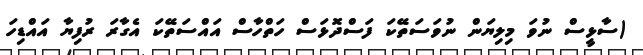
(ސާޅީސް ނުވަ މިލިޔަން ނުވަސަތޭކަ ފަސްދޮޅަސް ހަތްހާސް އައްސަތޭކަ އެގާރަ ރުފިޔާ އައްޑިހަ